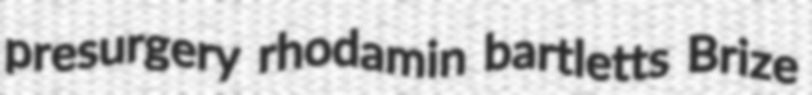
presurgery rhodamin bartletts Brize